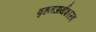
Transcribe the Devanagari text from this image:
वृहतअर्थशास्त्र